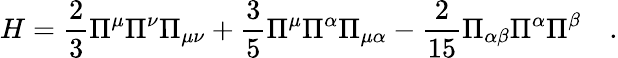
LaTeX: H=\frac{2}{3}\Pi^{\mu}\Pi^{\nu}\Pi_{\mu\nu}+\frac{3}{5}\Pi^{\mu}\Pi^{\alpha}\Pi_{\mu\alpha}-\frac{2}{15}\Pi_{\alpha\beta}\Pi^{\alpha}\Pi^{\beta}\quad.